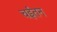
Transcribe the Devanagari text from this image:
चईतन